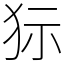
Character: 狋